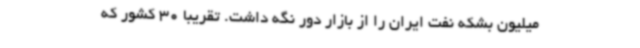
میلیون بشکه نفت ایران را از بازار دور نگه داشت. تقریبا 30 کشور که